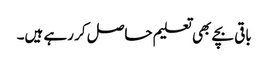
باقی بچے بھی تعلیم حاصل کر رہے ہیں۔